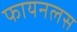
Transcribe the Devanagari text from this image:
फायनलस